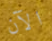
الآن